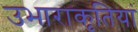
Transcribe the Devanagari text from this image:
उभाराकृतियां